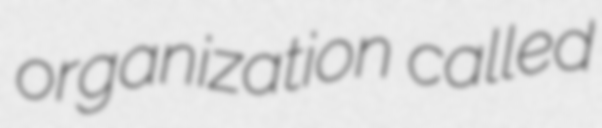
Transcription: organization called